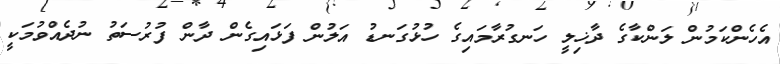
އެހެންކަމުން ލަންކާގެ ދާޚިލީ ހަނގުރާމައިގެ ހުޅުގަނޑު އަލުން ފަޅައިގެން ދާން ފުރުސަތު ނުދެއްވުމަކީ